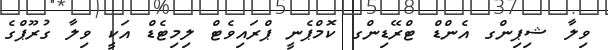
ވިލާ ޝިޕިންގ އެންޑް ޓްރޭޑިންގ ކޮމްޕެނީ ޕްރައިވެޓް ލިމިޓެޑް އަކީ ވިލާ ގުރޫޕްގެ